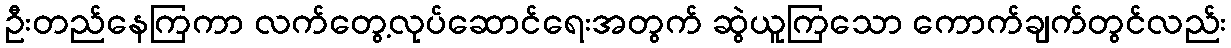
ဦးတည်နေကြကာ လက်တွေ့လုပ်ဆောင်ရေးအတွက် ဆွဲယူကြသော ကောက်ချက်တွင်လည်း